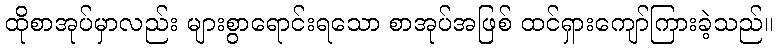
ထိုစာအုပ်မှာလည်း များစွာရောင်းရသော စာအုပ်အဖြစ် ထင်ရှားကျော်ကြားခဲ့သည်။